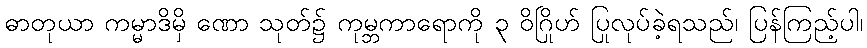
ဓာတုယာ ကမ္မာဒိမှိ ဏော သုတ်၌ ကုမ္ဘကာရောကို ၃ ဝိဂြိုဟ် ပြုလုပ်ခဲ့ရသည်၊ ပြန်ကြည့်ပါ၊